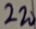
Text: 220